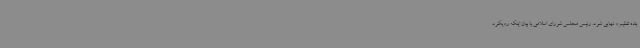
بنده تنظیم و نهایی شود. رئیس مجلس شورای اسلامی با بیان اینکه رویکرد